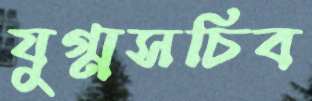
যুগ্মসচিব